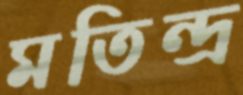
মতিন্দ্র